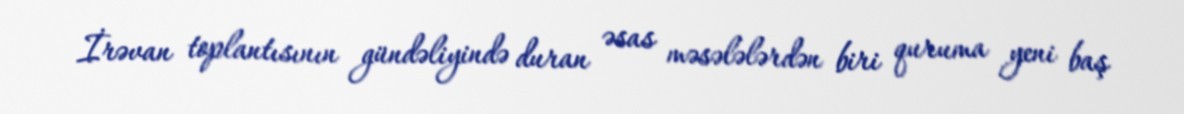
İrəvan toplantısının gündəliyində duran əsas məsələlərdən biri quruma yeni baş